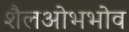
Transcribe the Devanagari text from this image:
शैलओभभोव